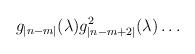
LaTeX: \begin{align*}g_{|n-m|}(\lambda)g_{|n-m+2|}^{2}(\lambda) \ldots\end{align*}